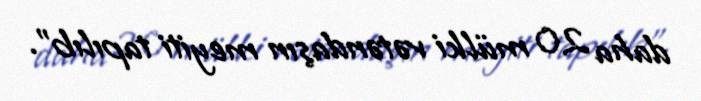
daha 20 mülki vətəndaşın meyiti tapılıb”.